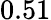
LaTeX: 0.51